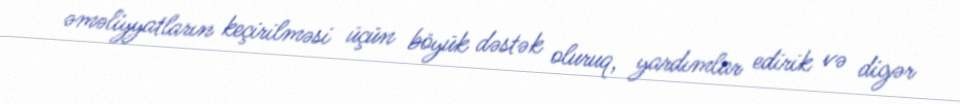
əməliyyatların keçirilməsi üçün böyük dəstək oluruq, yardımlar edirik və digər